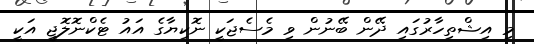
މި އިޝްތިހާރުގައި ދޭން ބޭނުން ވި މެސެޖަކީ ނޮކިޔާގެ އައު ޓެކްނޮލޮޖީ އަކީ